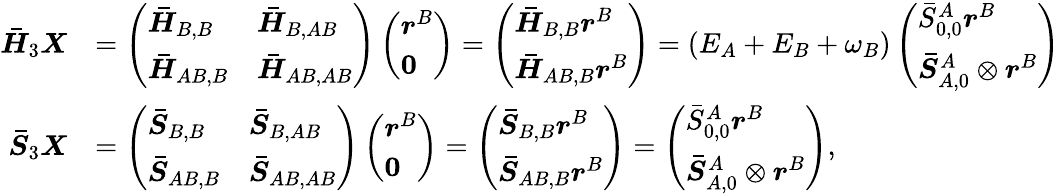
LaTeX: \begin{array}{rl}{\boldsymbol{\bar{H}}_{3}\boldsymbol{X}}&{=\left(\begin{array}{ll}{\boldsymbol{\bar{H}}_{B,B}}&{\boldsymbol{\bar{H}}_{B,AB}}\\ {\boldsymbol{\bar{H}}_{AB,B}}&{\boldsymbol{\bar{H}}_{AB,AB}}\end{array}\right)\left(\begin{array}{l}{\boldsymbol{r}^{B}}\\ {\boldsymbol{0}}\end{array}\right)=\left(\begin{array}{l}{\boldsymbol{\bar{H}}_{B,B}\boldsymbol{r}^{B}}\\ {\boldsymbol{\bar{H}}_{AB,B}\boldsymbol{r}^{B}}\end{array}\right)=(E_{A}+E_{B}+\omega_{B})\left(\begin{array}{l}{\bar{{S}}_{0,0}^{A}\boldsymbol{r}^{B}}\\ {\boldsymbol{\bar{{S}}}_{A,0}^{A}\otimes\boldsymbol{r}^{B}}\end{array}\right)}\\ {\boldsymbol{\bar{{S}}}_{3}\boldsymbol{X}}&{=\left(\begin{array}{ll}{\boldsymbol{\bar{{S}}}_{B,B}}&{\boldsymbol{\bar{{S}}}_{B,AB}}\\ {\boldsymbol{\bar{{S}}}_{AB,B}}&{\boldsymbol{\bar{{S}}}_{AB,AB}}\end{array}\right)\left(\begin{array}{l}{\boldsymbol{r}^{B}}\\ {\boldsymbol{0}}\end{array}\right)=\left(\begin{array}{l}{\boldsymbol{\bar{{S}}}_{B,B}\boldsymbol{r}^{B}}\\ {\boldsymbol{\bar{{S}}}_{AB,B}\boldsymbol{r}^{B}}\end{array}\right)=\left(\begin{array}{l}{\bar{{S}}_{0,0}^{A}\boldsymbol{r}^{B}}\\ {\boldsymbol{\bar{{S}}}_{A,0}^{A}\otimes\boldsymbol{r}^{B}}\end{array}\right),}\end{array}